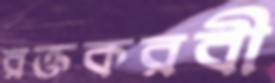
রক্তকরবী